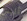
أليس